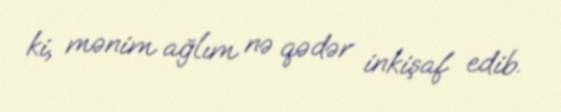
ki, mənim ağlım nə qədər inkişaf edib.